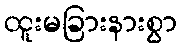
ထူးမခြားနားစွာ